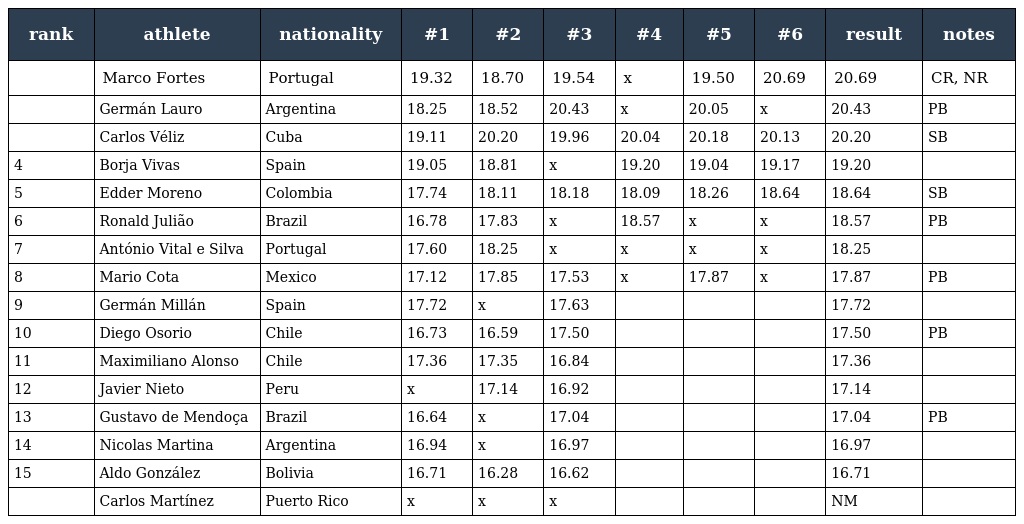
| rank | athlete | nationality | #1 | #2 | #3 | #4 | #5 | #6 | result | notes |
 | --- | --- | --- | --- | --- | --- | --- | --- | --- | --- | --- |
 |  | Marco Fortes | Portugal | 19.32 | 18.70 | 19.54 | x | 19.50 | 20.69 | 20.69 | CR, NR |
 |  | Germán Lauro | Argentina | 18.25 | 18.52 | 20.43 | x | 20.05 | x | 20.43 | PB |
 |  | Carlos Véliz | Cuba | 19.11 | 20.20 | 19.96 | 20.04 | 20.18 | 20.13 | 20.20 | SB |
 | 4 | Borja Vivas | Spain | 19.05 | 18.81 | x | 19.20 | 19.04 | 19.17 | 19.20 |  |
 | 5 | Edder Moreno | Colombia | 17.74 | 18.11 | 18.18 | 18.09 | 18.26 | 18.64 | 18.64 | SB |
 | 6 | Ronald Julião | Brazil | 16.78 | 17.83 | x | 18.57 | x | x | 18.57 | PB |
 | 7 | António Vital e Silva | Portugal | 17.60 | 18.25 | x | x | x | x | 18.25 |  |
 | 8 | Mario Cota | Mexico | 17.12 | 17.85 | 17.53 | x | 17.87 | x | 17.87 | PB |
 | 9 | Germán Millán | Spain | 17.72 | x | 17.63 |  |  |  | 17.72 |  |
 | 10 | Diego Osorio | Chile | 16.73 | 16.59 | 17.50 |  |  |  | 17.50 | PB |
 | 11 | Maximiliano Alonso | Chile | 17.36 | 17.35 | 16.84 |  |  |  | 17.36 |  |
 | 12 | Javier Nieto | Peru | x | 17.14 | 16.92 |  |  |  | 17.14 |  |
 | 13 | Gustavo de Mendoça | Brazil | 16.64 | x | 17.04 |  |  |  | 17.04 | PB |
 | 14 | Nicolas Martina | Argentina | 16.94 | x | 16.97 |  |  |  | 16.97 |  |
 | 15 | Aldo González | Bolivia | 16.71 | 16.28 | 16.62 |  |  |  | 16.71 |  |
 |  | Carlos Martínez | Puerto Rico | x | x | x |  |  |  | NM |  |